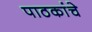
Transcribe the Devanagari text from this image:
पाठकांचे